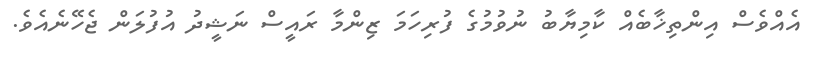
އެއްވެސް އިންތިޚާބެއް ކާމިޔާބު ނުވުމުގެ ފުރިހަމަ ޒިންމާ ރައީސް ނަޝީދު އުފުލަން ޖެހޭނެއެވެ.